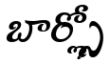
బార్స్లో